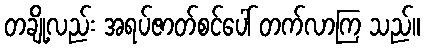
တချို့လည်း အရပ်ဇာတ်စင်ပေါ် တက်လာကြ သည်။